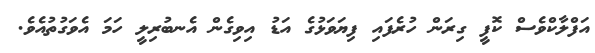
އަފްލާކްވެސް ކޮފީ ގިރަން ހުރެފައި ފިޔަވަޅުގެ އަޑު އިވިގެން އެނބުރިލީ ހަމަ އެވަގުތުއެވެ.